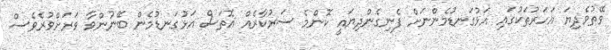
ވޭތުވެދިޔަ އަހަރުތަކުގައި އަޅުގަނޑުމެންނަށް ފެނިގެންދިޔައީ ކޮންމެ ސަރުކާރެއް އޮތަސް އަޅުގަނޑުމެން ބޭނުންވާ ވަރަށްވުރެވެސް